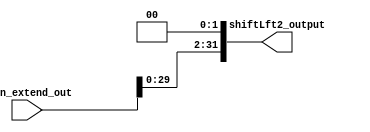
module shift_left_2(
    input wire [31:0] sign_extend_out,
    output wire [31:0] shiftLft2_output
);

    assign shiftLft2_output = sign_extend_out << 2; 

endmodule